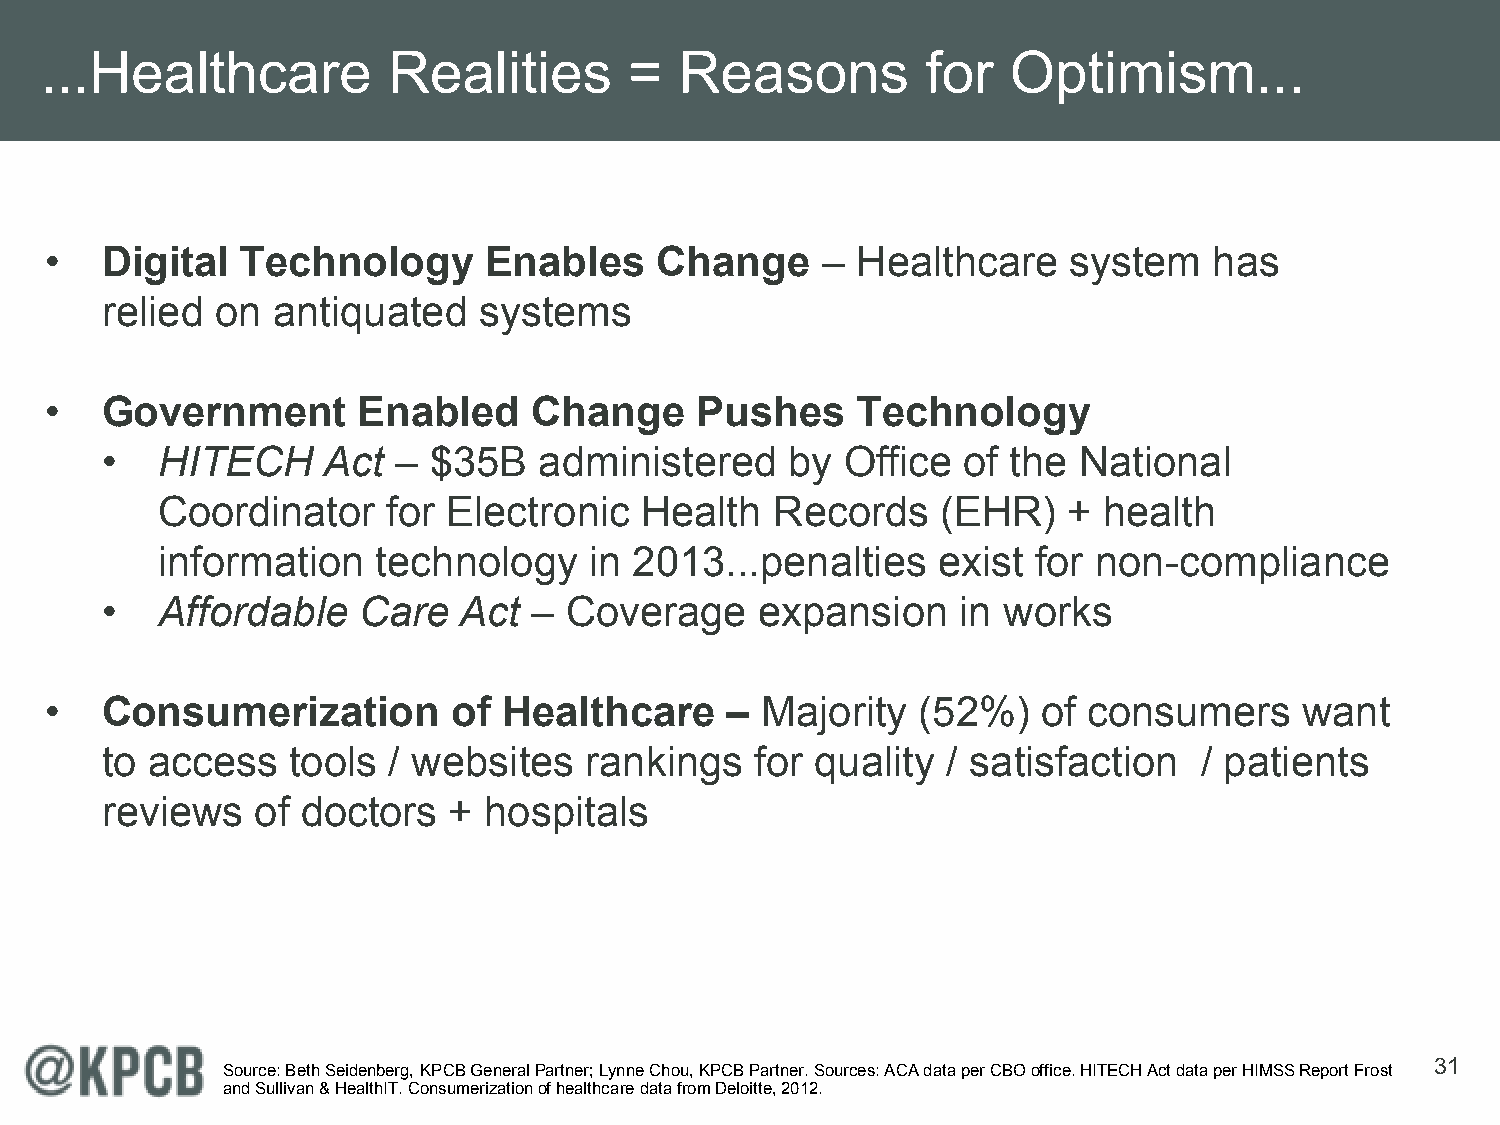
...Healthcare          Realities       =  Reasons         for   Optimism...
 •   Digital  Technology      Enables     Change    –  Healthcare    system   has
 relied on  antiquated    systems
 •   Government       Enabled    Change     Pushes     Technology
 •  HITECH     Act  – $35B    administered    by  Office  of the National
 Coordinator     for Electronic  Health   Records    (EHR)    + health
 information    technology    in 2013...penalties    exist  for non-compliance
 •  Affordable    Care  Act  – Coverage     expansion    in works
 •   Consumerization        of Healthcare     – Majority   (52%)   of consumers     want
 to access   tools  / websites   rankings   for quality  / satisfaction  / patients
 reviews   of doctors   + hospitals
 31
 Source: Beth Seidenberg, KPCB General Partner; Lynne Chou, KPCB Partner. Sources: ACA data per CBO office. HITECH Act data per HIMSS Report Frost
 and Sullivan & HealthIT. Consumerization of healthcare data from Deloitte, 2012.